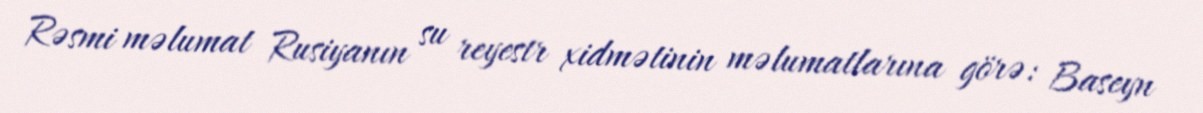
Rəsmi məlumat Rusiyanın su reyestr xidmətinin məlumatlarına görə: Baseyn